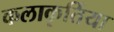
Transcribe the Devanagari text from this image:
कलाकृर्तिया